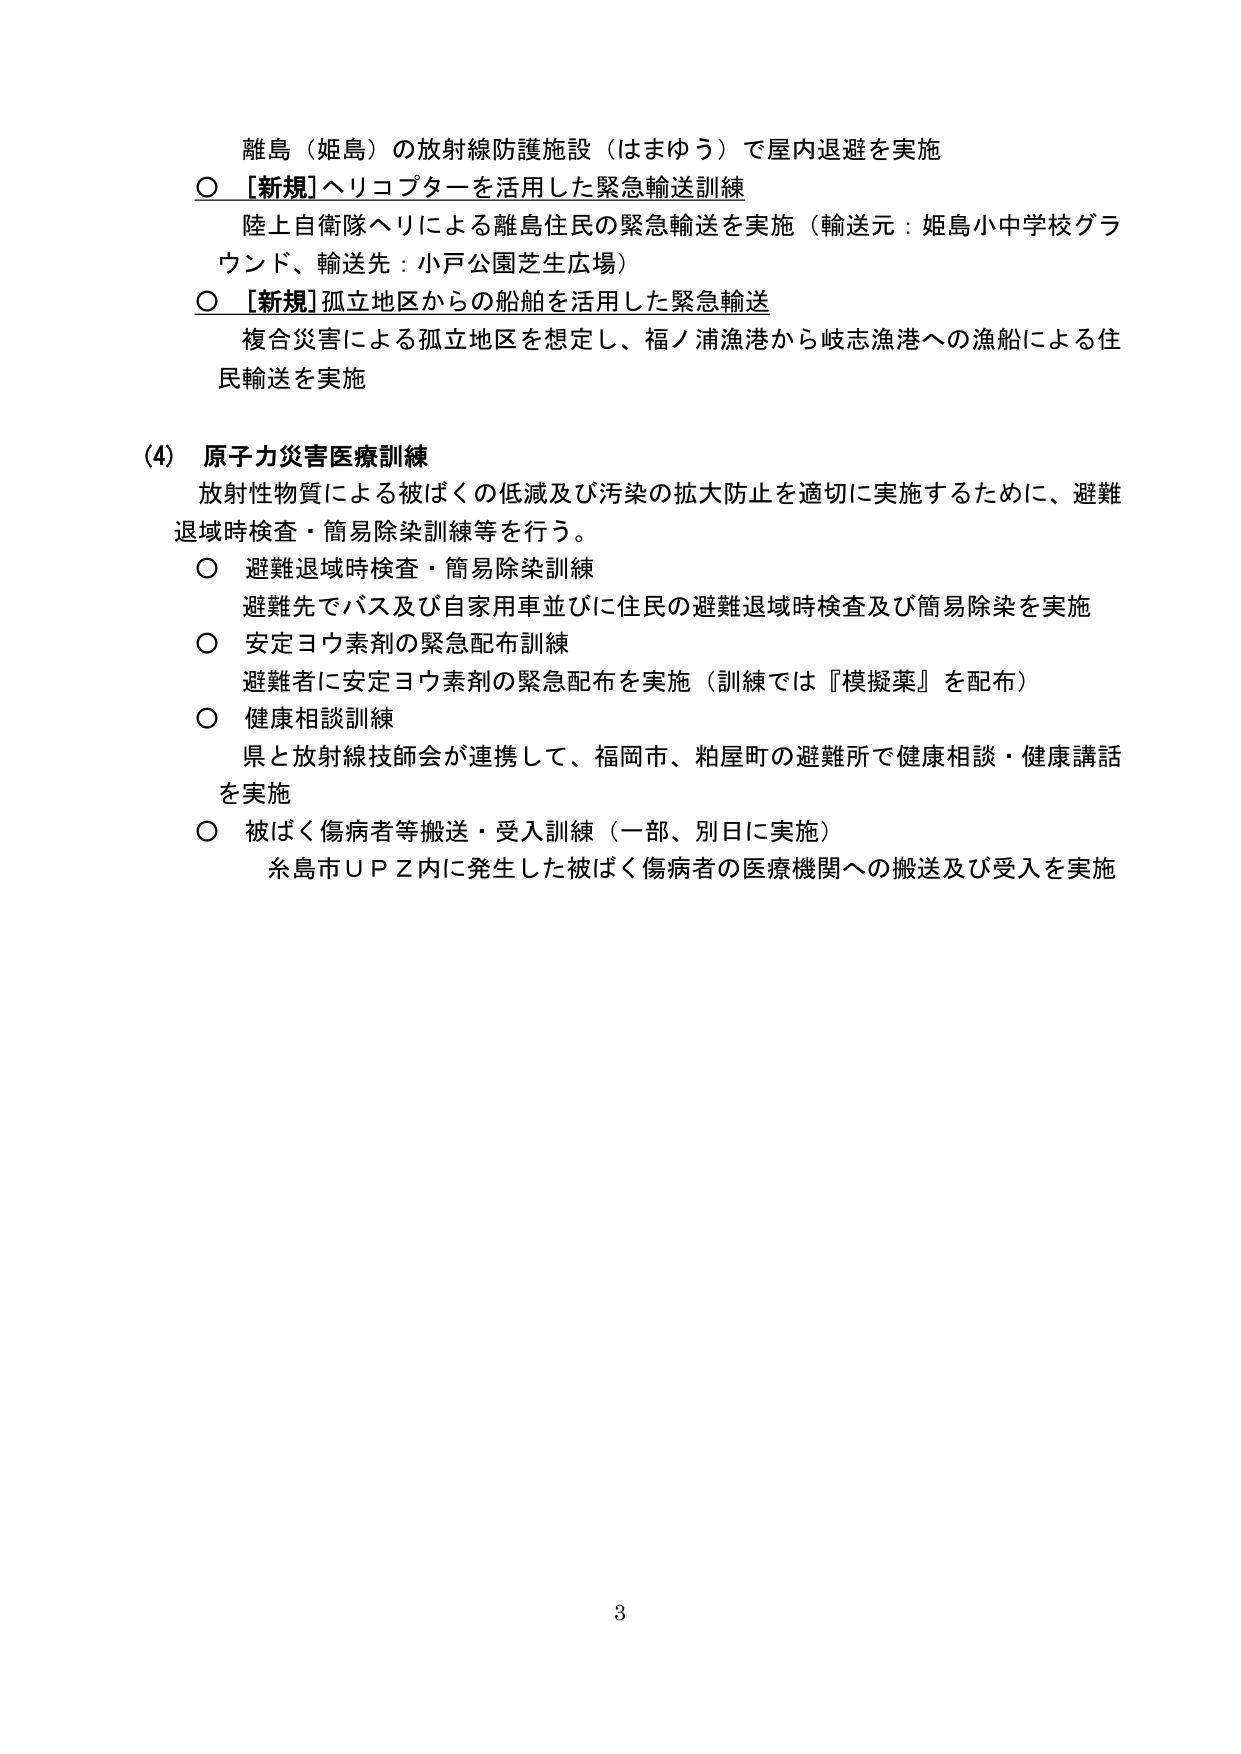
離島（姫島）の放射線防護施設（はまゆう）で屋内退避を実施
○ [新規]ヘリコプターを活用した緊急輸送訓練
　陸上自衛隊ヘリによる離島住民の緊急輸送を実施（輸送元：姫島小中学校グラウンド、輸送先：小戸公園芝生広場）
○ [新規]孤立地区からの船舶を活用した緊急輸送
　複合災害による孤立地区を想定し、福ノ浦漁港から岐志漁港への漁船による住民輸送を実施

(4) 原子力災害医療訓練
　放射性物質による被ばくの低減及び汚染の拡大防止を適切に実施するために、避難退域時検査・簡易除染訓練等を行う。
　○ 避難退域時検査・簡易除染訓練
　　避難先でバス及び自家用車並びに住民の避難退域時検査及び簡易除染を実施
　○ 安定ヨウ素剤の緊急配布訓練
　　避難者に安定ヨウ素剤の緊急配布を実施（訓練では『模擬薬』を配布）
　○ 健康相談訓練
　　県と放射線技師会が連携して、福岡市、粕屋町の避難所で健康相談・健康講話を実施
　○ 被ばく傷病者等搬送・受入訓練（一部、別日に実施）
　　糸島市ＵＰＺ内に発生した被ばく傷病者の医療機関への搬送及び受入を実施

3